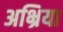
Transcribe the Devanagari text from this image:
अभ्रिया